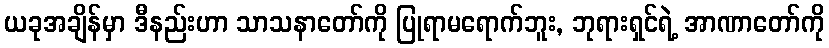
ယခုအချိန်မှာ ဒီနည်းဟာ သာသနာတော်ကို ပြုရာမရောက်ဘူး, ဘုရားရှင်ရဲ့ အာဏာတော်ကို